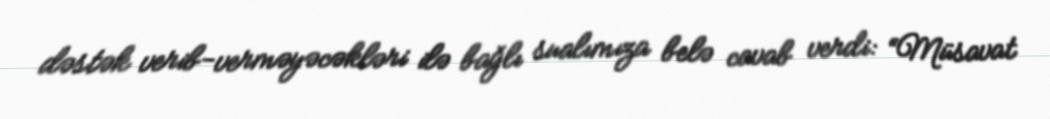
dəstək verib-verməyəcəkləri ilə bağlı sualımıza belə cavab verdi: “Müsavat